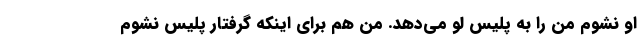
او نشوم من را به پلیس لو می‌دهد. من هم برای اینکه گرفتار پلیس نشوم